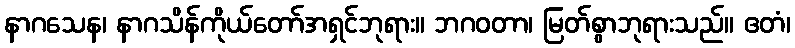
နာဂသေန၊ နာဂသိန်ကိုယ်တော်အရှင်ဘုရား။ ဘဂဝတာ၊ မြတ်စွာဘုရားသည်။ ဧတံ၊